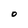
Character: O